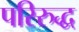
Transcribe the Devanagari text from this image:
परिरुद्ध